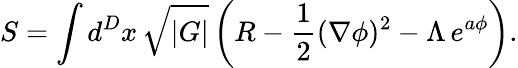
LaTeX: S=\int d^{D}x\, \sqrt{|G|}\left(R-\frac{1}{2}(\nabla\phi)^{2}-\Lambda\, e^{a\phi}\right).